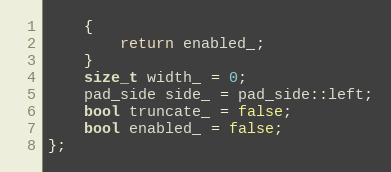
Language: C
    {
        return enabled_;
    }
    size_t width_ = 0;
    pad_side side_ = pad_side::left;
    bool truncate_ = false;
    bool enabled_ = false;
};